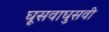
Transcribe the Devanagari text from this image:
घूसवाघुसवी